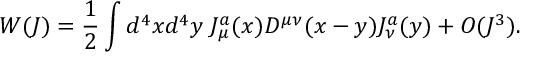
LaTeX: W ( J ) = { \frac { 1 } { 2 } } \int d ^ { 4 } x d ^ { 4 } y \; J _ { \mu } ^ { a } ( x ) D ^ { \mu \nu } ( x - y ) J _ { \nu } ^ { a } ( y ) + { \cal O } ( J ^ { 3 } ) .